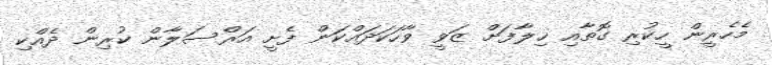
މެހެރީން ހީކުރި ގޮތާއި ޚިލާފަށް ޒަވީ ވާހަކަދައްކަން ފެށީ އަރްސަލާން ކުރިން ދެއްކި